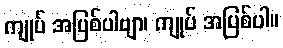
ကျုပ် အပြစ်ပါဗျာ၊ ကျုပ် အပြစ်ပါ။